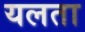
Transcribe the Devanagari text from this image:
यलता